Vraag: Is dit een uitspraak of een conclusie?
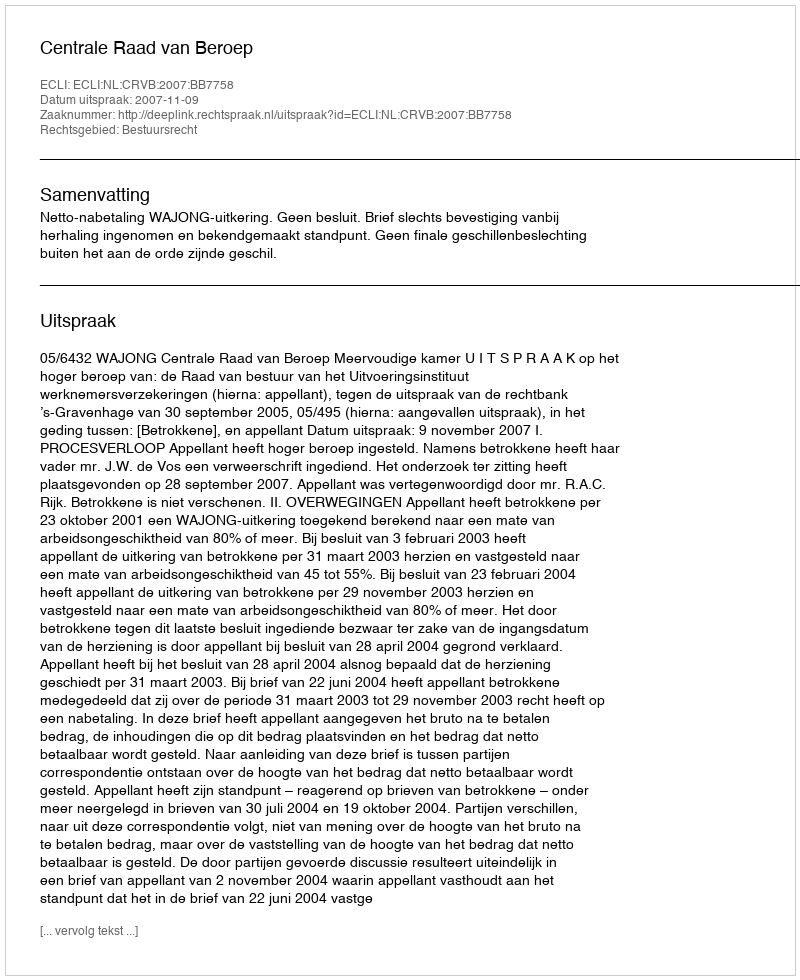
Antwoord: Uitspraak